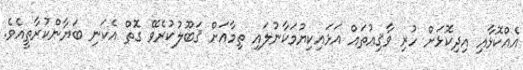
އެއްކޮޅާއި އިދިކޮޅަށް ހުރި ވާޤިޢުތައް އަޅައިކިޔުމަކާނުލައި ތިމާއަށް ޤަބޫލުކުރެވޭ ގޮތް އެކަނި ބަޔާންކުރާތީއެވެ.